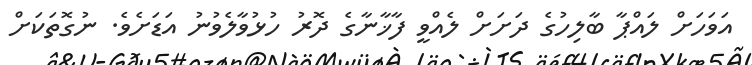
އަވަހަށް ލައްޕާ ބާލިހުގެ ދަށަށް ލެއްވީ ފާޚާނާގެ ދޮރު ހުޅުވާލެވުނު އަޑަށެވެ. ނުގޮތަކަށް